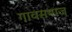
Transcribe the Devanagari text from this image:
गावसमाज